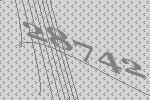
28742